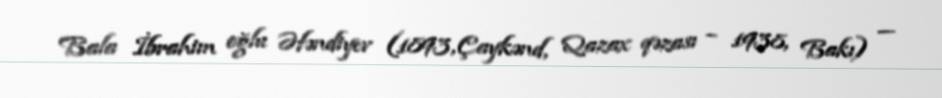
Bala İbrahim oğlu Əfəndiyev (1893, Çaykənd, Qazax qəzası – 1938, Bakı) —